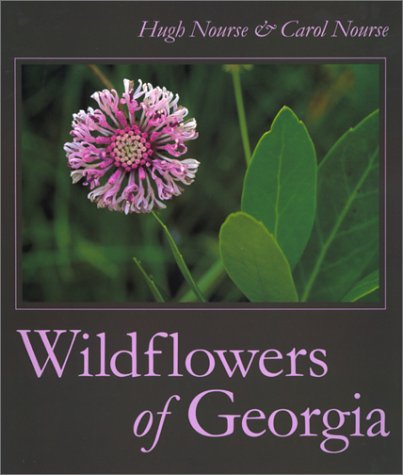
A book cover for Wildflowers of Georgia; Hugh Nourse; Travel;